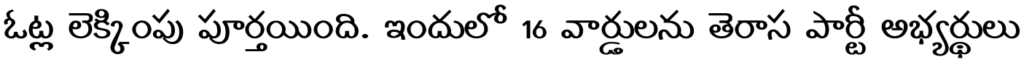
ఓట్ల లెక్కింపు పూర్తయింది. ఇందులో 16 వార్డులను తెరాస పార్టీ అభ్యర్థులు